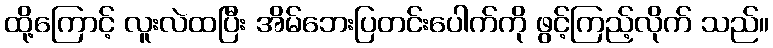
ထို့ကြောင့် လူးလဲထပြီး အိမ်ဘေးပြတင်းပေါက်ကို ဖွင့်ကြည့်လိုက် သည်။